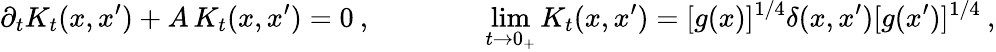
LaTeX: \partial_{t}K_{t}(x,x^{\prime})+A\, K_{t}(x,x^{\prime})=0\: ,\qquad\qquad\operatorname*{lim}_{t\to 0_{+}}K_{t}(x,x^{\prime})=[g(x)]^{1/4}\delta(x,x^{\prime})[g(x^{\prime})]^{1/4}\: ,